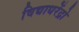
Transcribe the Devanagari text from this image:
विद्याधरेंद्रो